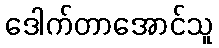
ဒေါက်တာအောင်သူ